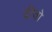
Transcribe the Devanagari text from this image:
दीवो